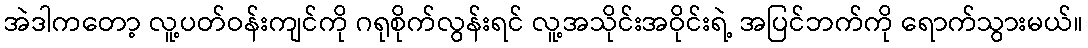
အဲဒါကတော့ လူ့ပတ်ဝန်းကျင်ကို ဂရုစိုက်လွန်းရင် လူ့အသိုင်းအဝိုင်းရဲ့ အပြင်ဘက်ကို ရောက်သွားမယ်။